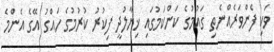
ވަކި ފެންވަރެއްނެތި ގައުމުގެ ކަންކަމުގައި ޚިޔާލުދީ ފިކުރު ކުރުމުގެ ހައްގު އޭގެ އެންމެ